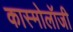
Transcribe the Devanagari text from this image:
कास्मोलॉजी